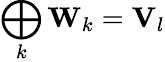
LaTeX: \bigoplus_{k}\mathbf{W}_{k}=\mathbf{V}_{l}